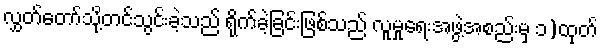
လွှတ်တော်သို့တင်သွင်းခဲ့သည် ရိုက်ခဲ့ခြင်းဖြစ်သည် လူမှုရေးအဖွဲ့အစည်းမှ ၁)ထုတ်